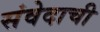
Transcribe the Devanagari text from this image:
संवेदाची